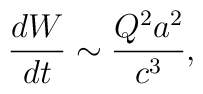
\frac{dW}{dt}\sim \frac{Q^{2}a^{2}}{c^{3}},